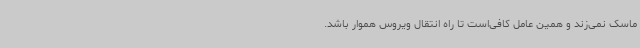
ماسک نمی‌زند و همین عامل کافی‌است تا راه انتقال ویروس هموار باشد.